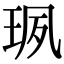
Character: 珟